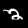
Label: 2